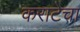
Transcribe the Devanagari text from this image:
कराटेचा